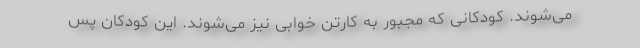
می‌شوند. کودکانی که مجبور به کارتن خوابی نیز می‌شوند. این کودکان پس